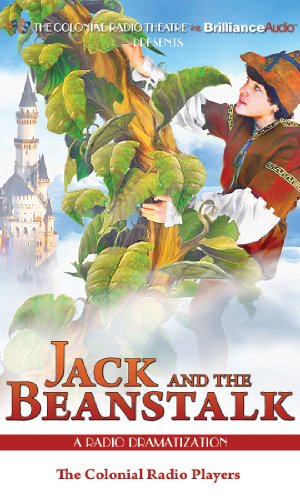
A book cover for Jack and the Beanstalk: A Radio Dramatization; Benjamin Tabart; Literature & Fiction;